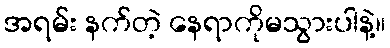
အရမ်း နက်တဲ့ နေရာကိုမသွားပါနဲ့။